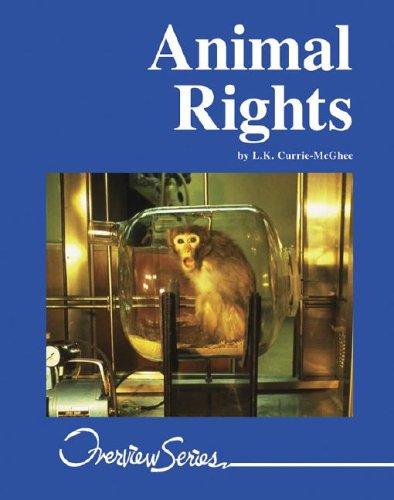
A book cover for Animal Rights (Lucent Overview Series); L.K. Currie-McGhee; Teen & Young Adult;